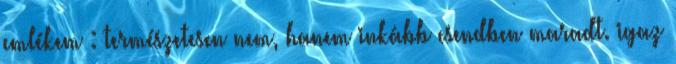
emlékem : természetesen nem, hanem inkább csendben maradt. igaz